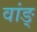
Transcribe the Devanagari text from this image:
वांङ्‌